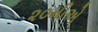
૨૦મીએ